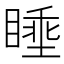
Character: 𪾶